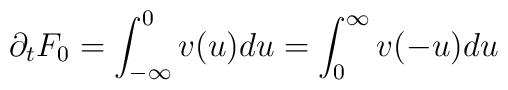
\partial_tF_0= \int_{-\infty}^0 v(u)du =\int_{0}^\infty v(-u)du